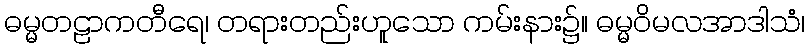
ဓမ္မတဠာကတီရေ၊ တရားတည်းဟူသော ကမ်းနား၌။ ဓမ္မဝိမလအာဒါသံ၊